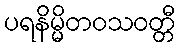
ပရနိမ္မိတဝသဝတ္တီ